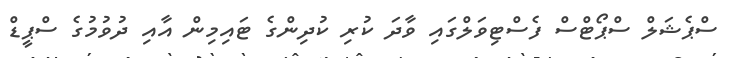
ސްޕެޝަލް ސްޕޯޓްސް ފެސްޓިވަލްގައި ވާދަ ކުރި ކުދިންގެ ޓައިމިން އާއި ދުވުމުގެ ސްޕީޑް